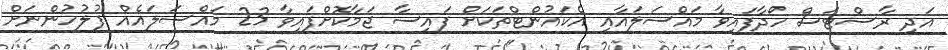
އަދި ރާސްޓަސް ހޯދާފައިވާ މައްސަލައާއި އެކައުންޓްތަކަށް ފައިސާ ޖަމާކޮށްފައިވާ 23 މައްސަލައެއް ފުލުހުންނަށް